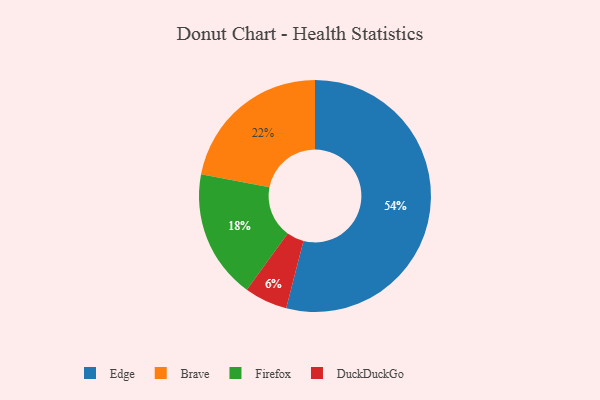
{"axis": {"x": "Category", "y": "Percentage"}, "legend": ["Brave", "DuckDuckGo", "Edge", "Firefox"], "data": [{"x": "Brave", "y": 22, "type": "Brave"}, {"x": "Firefox", "y": 18, "type": "Firefox"}, {"x": "DuckDuckGo", "y": 6, "type": "DuckDuckGo"}, {"x": "Edge", "y": 54, "type": "Edge"}]}